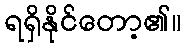
ရရှိနိုင်တော့၏။